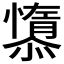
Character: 𱟘